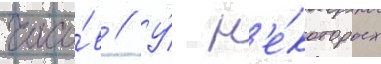
часо́в // У́ н'е́которых